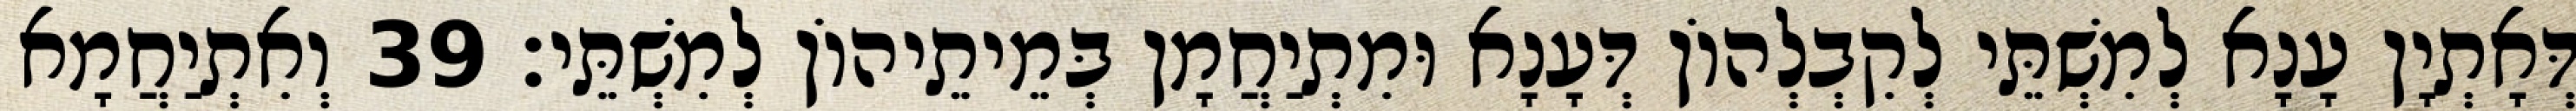
דְּאָתְיָן עָנָא לְמִשְׁתֵּי לְקִבְלְהוֹן דְּעָנָא וּמִתְיַחֲמָן בְּמֵיתֵיהוֹן לְמִשְׁתֵּי׃ 39 וְאִתְיַחֲמָא